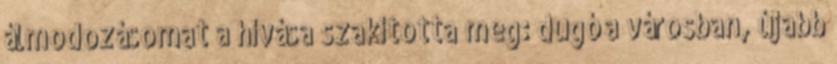
álmodozásomat a hívása szakította meg: dugó a városban, újabb